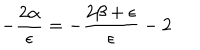
LaTeX: - \frac { 2 \alpha } { \epsilon } = - \frac { 2 \beta + \epsilon } { \epsilon } - 2